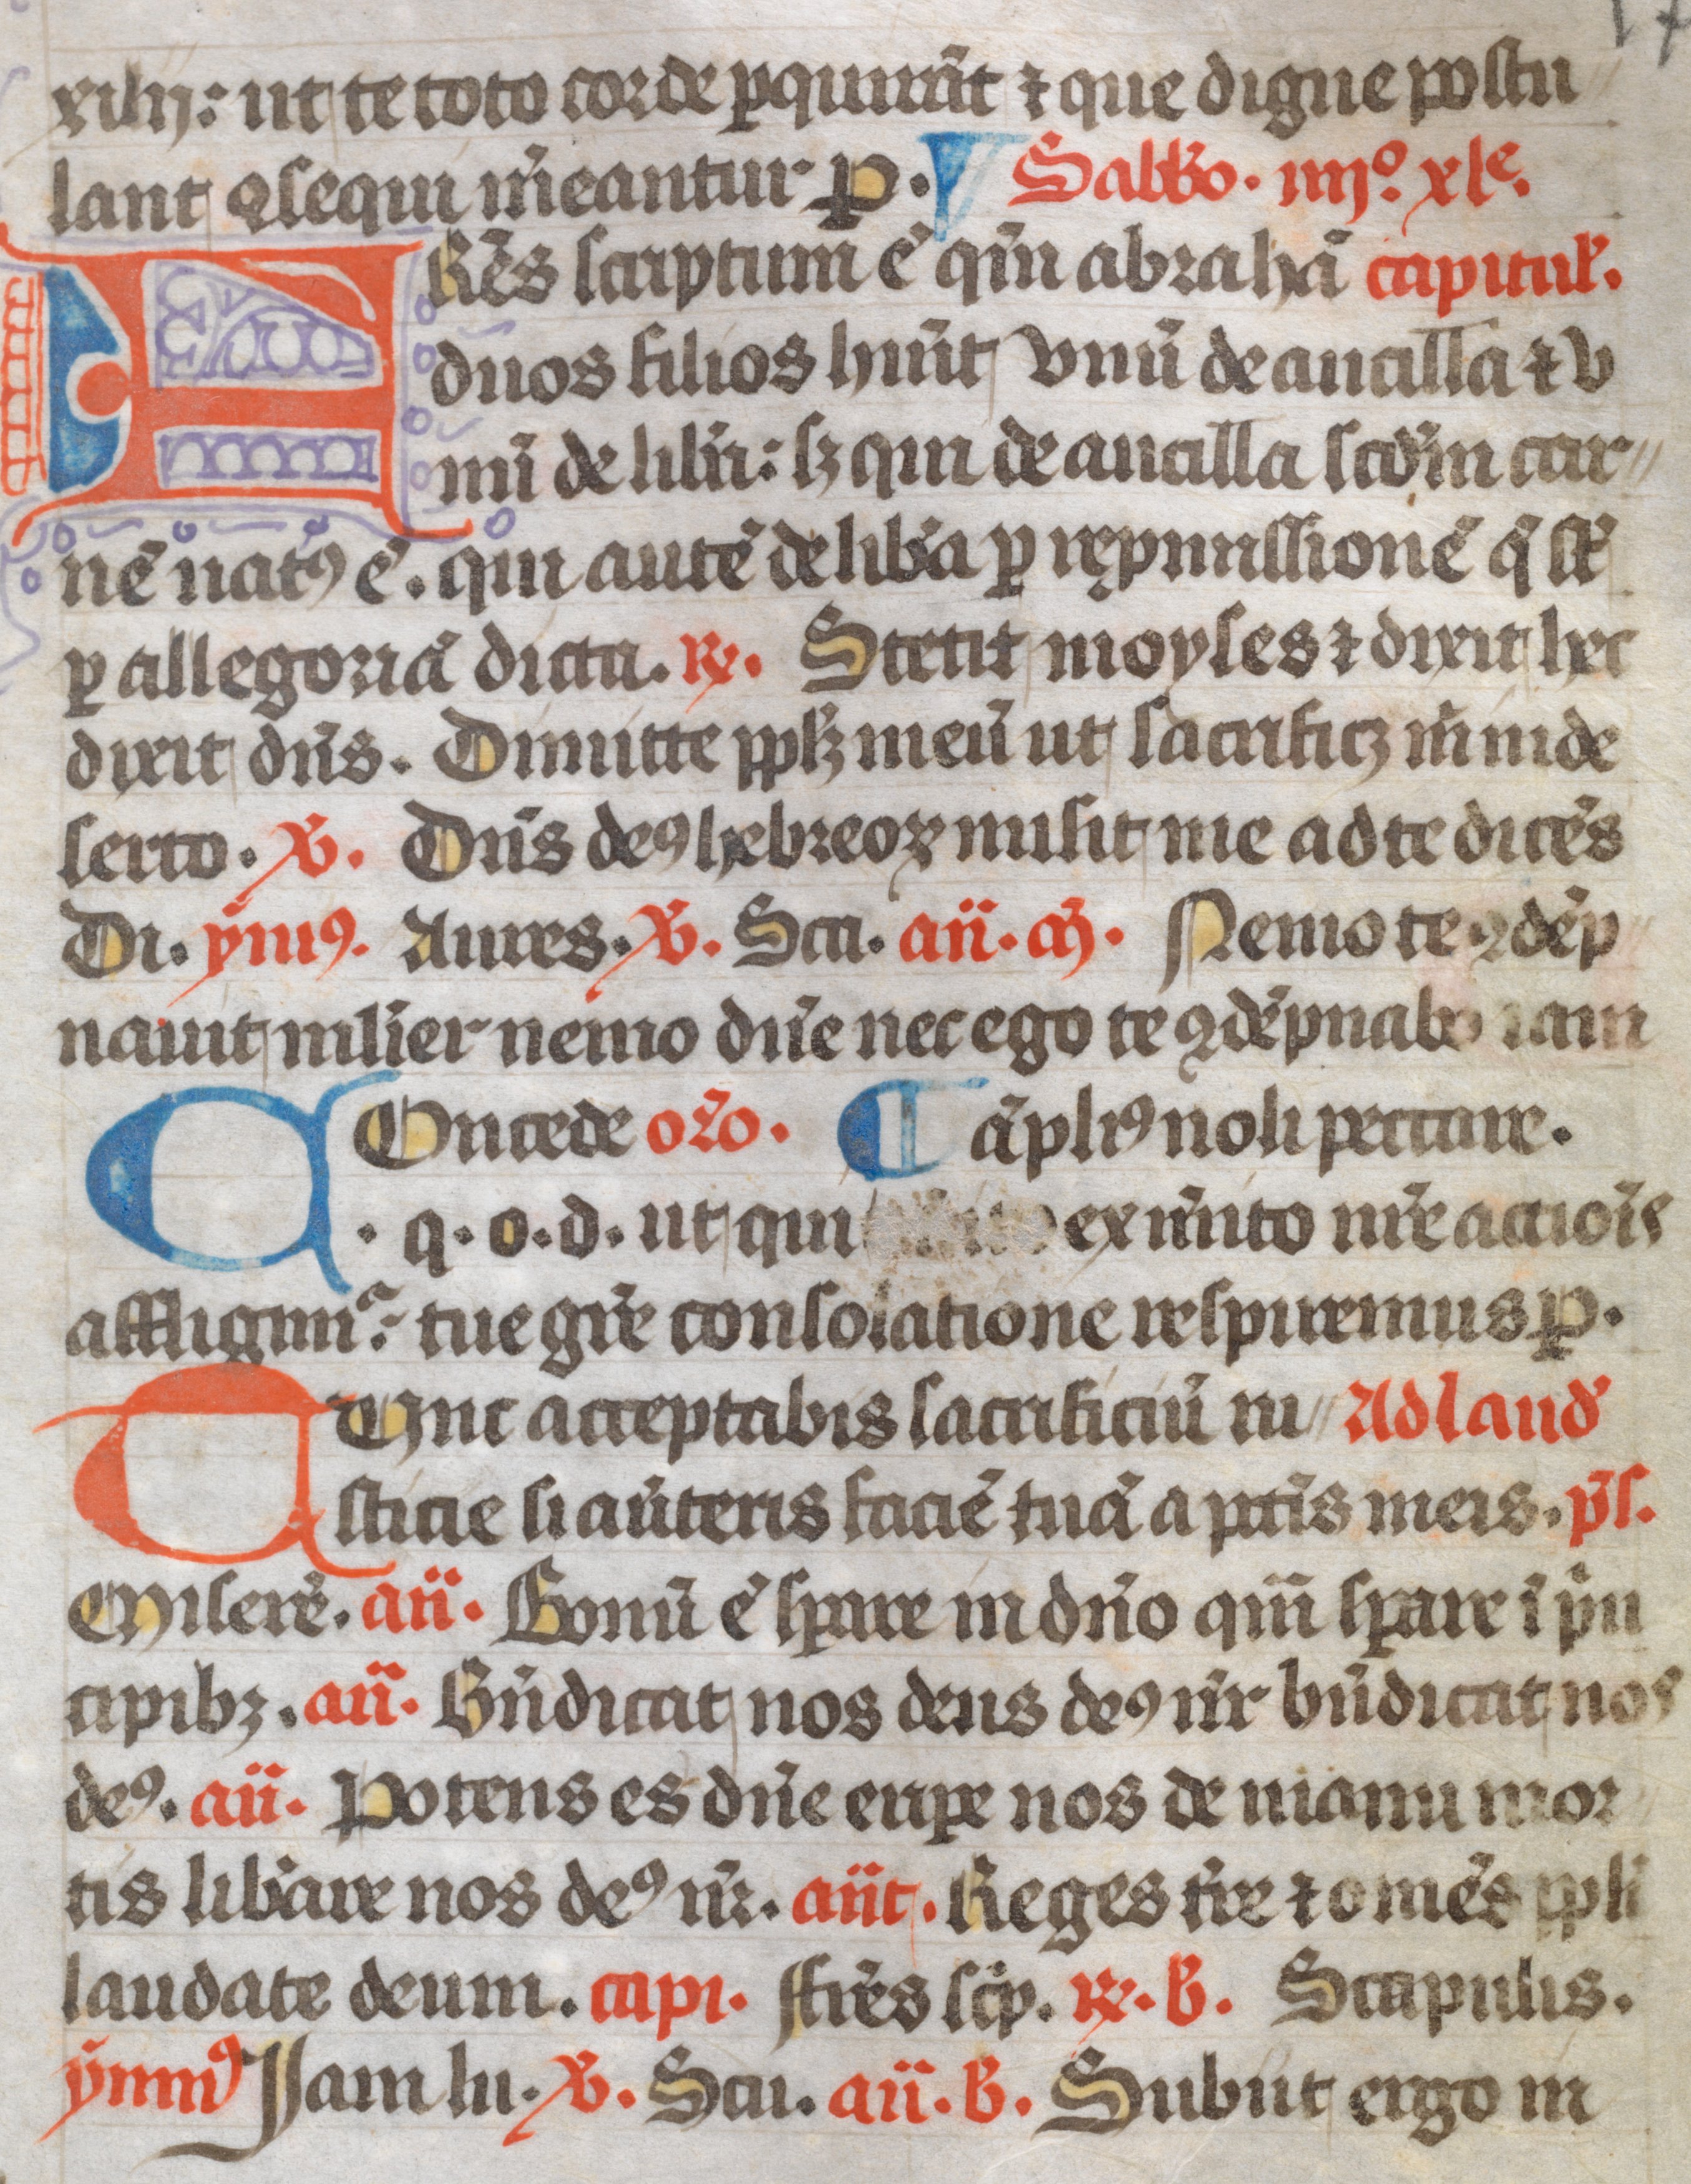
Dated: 1300–1399